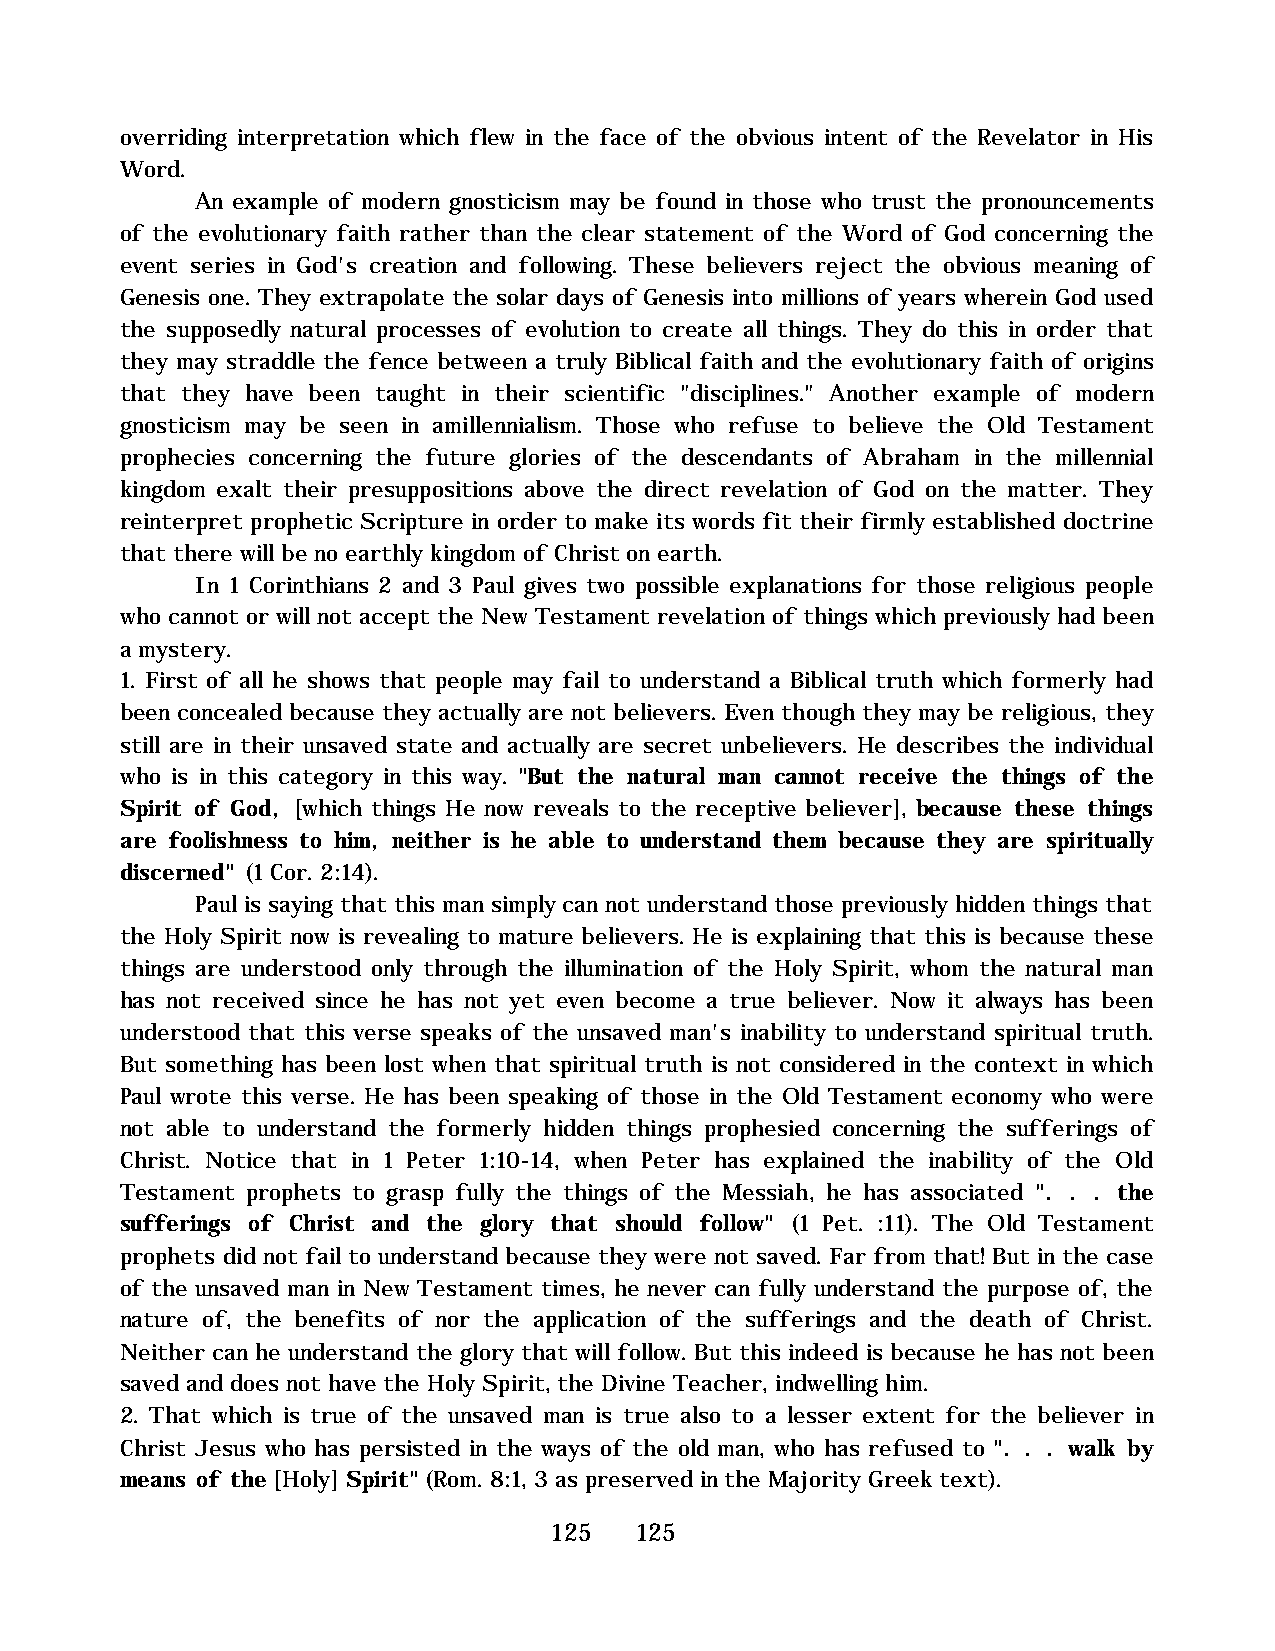
overriding interpretation which flew in the face of the obvious intent of the Revelator in His
 Word.
 An example of modern gnosticism may be found in those who trust the pronouncements
 of the evolutionary faith rather than the clear statement of the Word of God concerning the
 event series in God's creation and following. These believers reject the obvious meaning of
 Genesis one. They extrapolate the solar days of Genesis into millions of years wherein God used
 the supposedly natural processes of evolution to create all things. They do this in order that
 they may straddle the fence between a truly Biblical faith and the evolutionary faith of origins
 that they have been taught in their scientific "disciplines." Another example of modern
 gnosticism may be seen in amillennialism. Those who refuse to believe the Old Testament
 prophecies concerning the future glories of the descendants of Abraham in the millennial
 kingdom exalt their presuppositions above the direct revelation of God on the matter. They
 reinterpret prophetic Scripture in order to make its words fit their firmly established doctrine
 that there will be no earthly kingdom of Christ on earth.
 In 1 Corinthians 2 and 3 Paul gives two possible explanations for those religious people
 who cannot or will not accept the New Testament revelation of things which previously had been
 a mystery.
 1. First of all he shows that people may fail to understand a Biblical truth which formerly had
 been concealed because they actually are not believers. Even though they may be religious, they
 still are in their unsaved state and actually are secret unbelievers. He describes the individual
 who is in this category in this way. "But the natural man cannot receive the things of the
 Spirit of God, [which things He now reveals to the receptive believer], because these things
 are foolishness to him, neither is he able to understand them because they are spiritually
 discerned" (1 Cor. 2:14).
 Paul is saying that this man simply can not understand those previously hidden things that
 the Holy Spirit now is revealing to mature believers. He is explaining that this is because these
 things are understood only through the illumination of the Holy Spirit, whom the natural man
 has not received since he has not yet even become a true believer. Now it always has been
 understood that this verse speaks of the unsaved man's inability to understand spiritual truth.
 But something has been lost when that spiritual truth is not considered in the context in which
 Paul wrote this verse. He has been speaking of those in the Old Testament economy who were
 not able to understand the formerly hidden things prophesied concerning the sufferings of
 Christ. Notice that in 1 Peter 1:10-14, when Peter has explained the inability of the Old
 Testament prophets to grasp fully the things of the Messiah, he has associated ". . . the
 sufferings of Christ and the glory that should follow" (1 Pet. :11). The Old Testament
 prophets did not fail to understand because they were not saved. Far from that! But in the case
 of the unsaved man in New Testament times, he never can fully understand the purpose of, the
 nature of, the benefits of nor the application of the sufferings and the death of Christ.
 Neither can he understand the glory that will follow. But this indeed is because he has not been
 saved and does not have the Holy Spirit, the Divine Teacher, indwelling him.
 2. That which is true of the unsaved man is true also to a lesser extent for the believer in
 Christ Jesus who has persisted in the ways of the old man, who has refused to ". . . walk by
 means of the [Holy] Spirit" (Rom. 8:1, 3 as preserved in the Majority Greek text).
 125   125